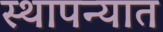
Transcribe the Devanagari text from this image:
स्थापन्यात